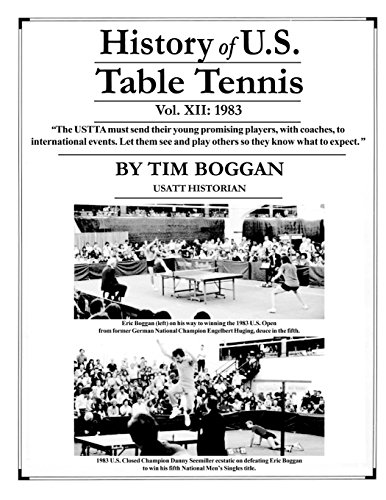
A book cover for History of U.S. Table Tennis Volume 12; Tim Boggan; Sports & Outdoors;